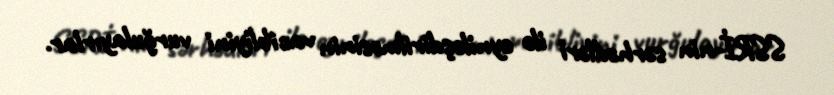
SSRİ-nin sərhədləri ilə eyniləşdirilməsinin vacibliyini vurğulayırlar.